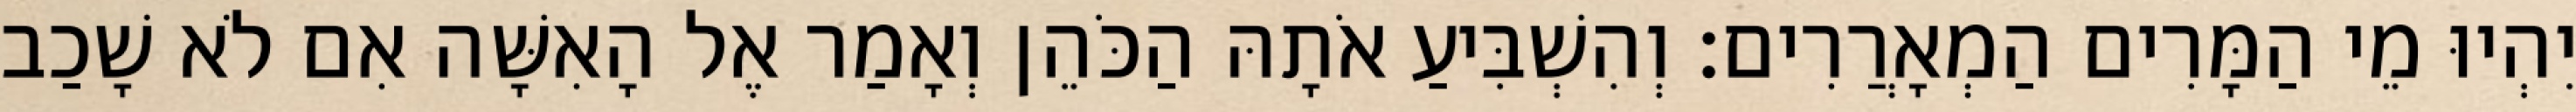
יִהְיוּ מֵי הַמָּרִים הַמְאָרֲרִים׃ וְהִשְׁבִּיעַ אֹתָהּ הַכֹּהֵן וְאָמַר אֶל הָאִשָּׁה אִם לֹא שָׁכַב